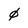
Character: 0